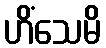
ဟိံသေမိ